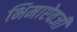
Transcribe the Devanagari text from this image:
भिमाऐवजी